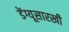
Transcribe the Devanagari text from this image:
डेंग्यूसारखी